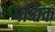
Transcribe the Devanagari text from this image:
पश्चिक